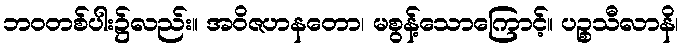
ဘဝတစ်ပါး၌လည်း။ အဝိဇဟနတော၊ မစွန့်သောကြောင့်။ ပဉ္စသီလာနိ၊